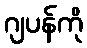
ဂျပန်ကို